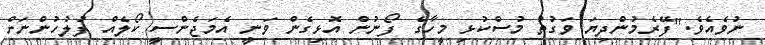
ނުވެއެވެ."ފޭރެމުންދިޔަ ވަގުތު މުސްކުޅި މީހާގެ ފޯނުން އޮޅިގެން ވަނީ އެމަޖެންސީ ކޯލެއް ފުލުހުންނަށް